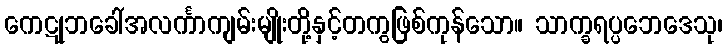
ကေဋုဘခေါ်အလင်္ကာကျမ်းမျိုးတို့နှင့်တကွဖြစ်ကုန်သော။ သာက္ခရပ္ပဘေဒေသု၊